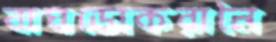
বাঘডোকরানৈ